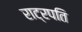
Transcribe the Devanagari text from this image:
राट्रपति